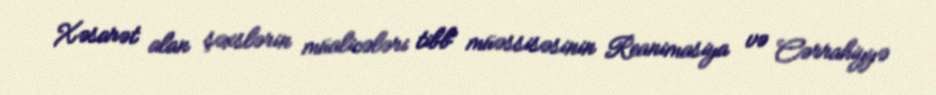
Xəsarət alan şəxslərin müalicələri tibb müəssisəsinin Reanimasiya və Cərrahiyyə